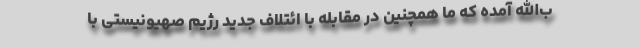
ب‌الله آمده که ما همچنین در مقابله با ائتلاف جدید رژیم صهیونیستی با